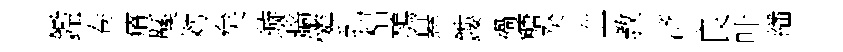
鑑卷瘠鞵効矣璇牆憐乳梠鶚悬鏤禍糖癸血教济良叶繙